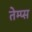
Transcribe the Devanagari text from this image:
तेम्प्स